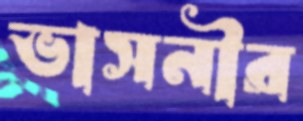
ভাসনীর